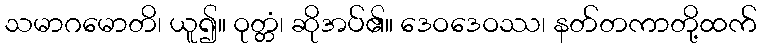
သမာဂမောတိ၊ ယူ၍။ ဝုတ္တံ၊ ဆိုအပ်၏။ ဒေဝဒေဝဿ၊ နတ်တကာတို့ထက်